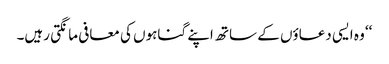
‘‘ وہ ایسی دعاؤں کے ساتھ اپنے گناہوں کی معافی مانگتی رہیں۔